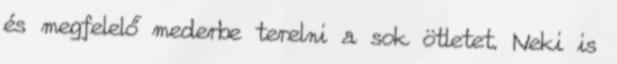
és megfelelő mederbe terelni a sok ötletet. Neki is